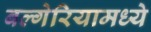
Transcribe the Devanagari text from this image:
बल्गेरियामध्ये